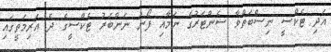
އަދި ޓެކްސީ ނިސްބަތްވާ ސެންޓަރުގެ ނަމާއި ފޯނު ނަންބަރު ޓެކްސީގެ ދެ އަރިމަތީގައި